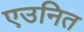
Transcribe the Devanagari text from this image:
एउनित